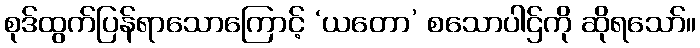
စုဒ်ထွက်ပြန်ရာသောကြောင့် ‘ယတော’ စသောပါဌ်ကို ဆိုရသော်။